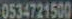
0534721500